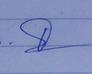
Signature authenticity: genuine